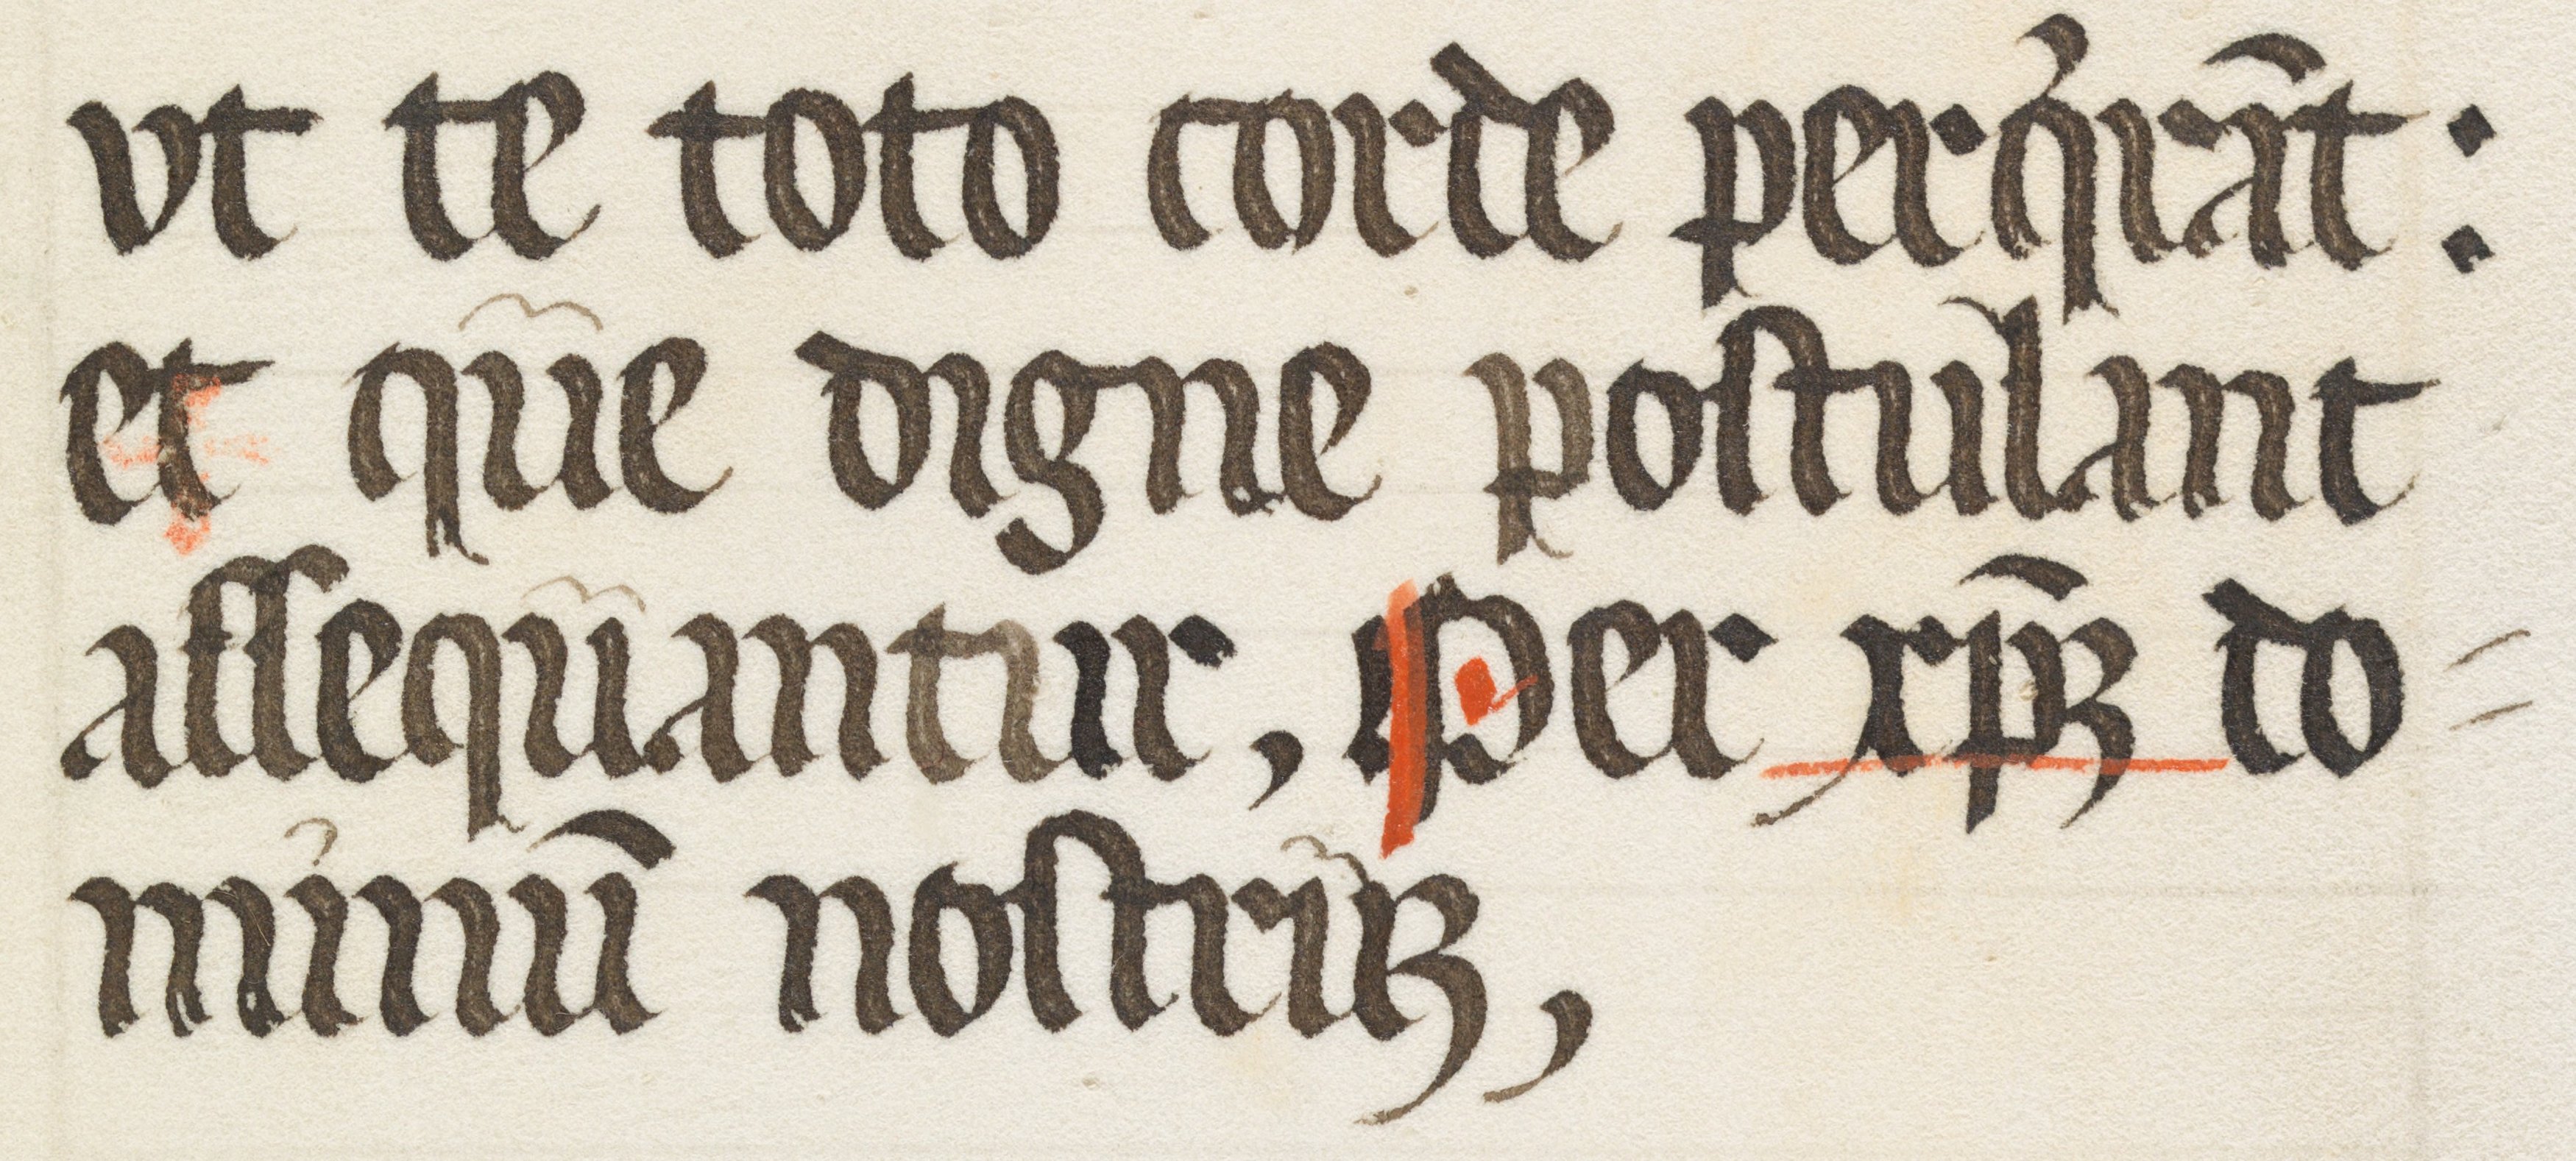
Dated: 1500–1599